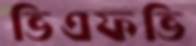
ভিএফভি